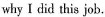
why I did this job.